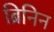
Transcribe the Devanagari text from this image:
ब्रिनिन